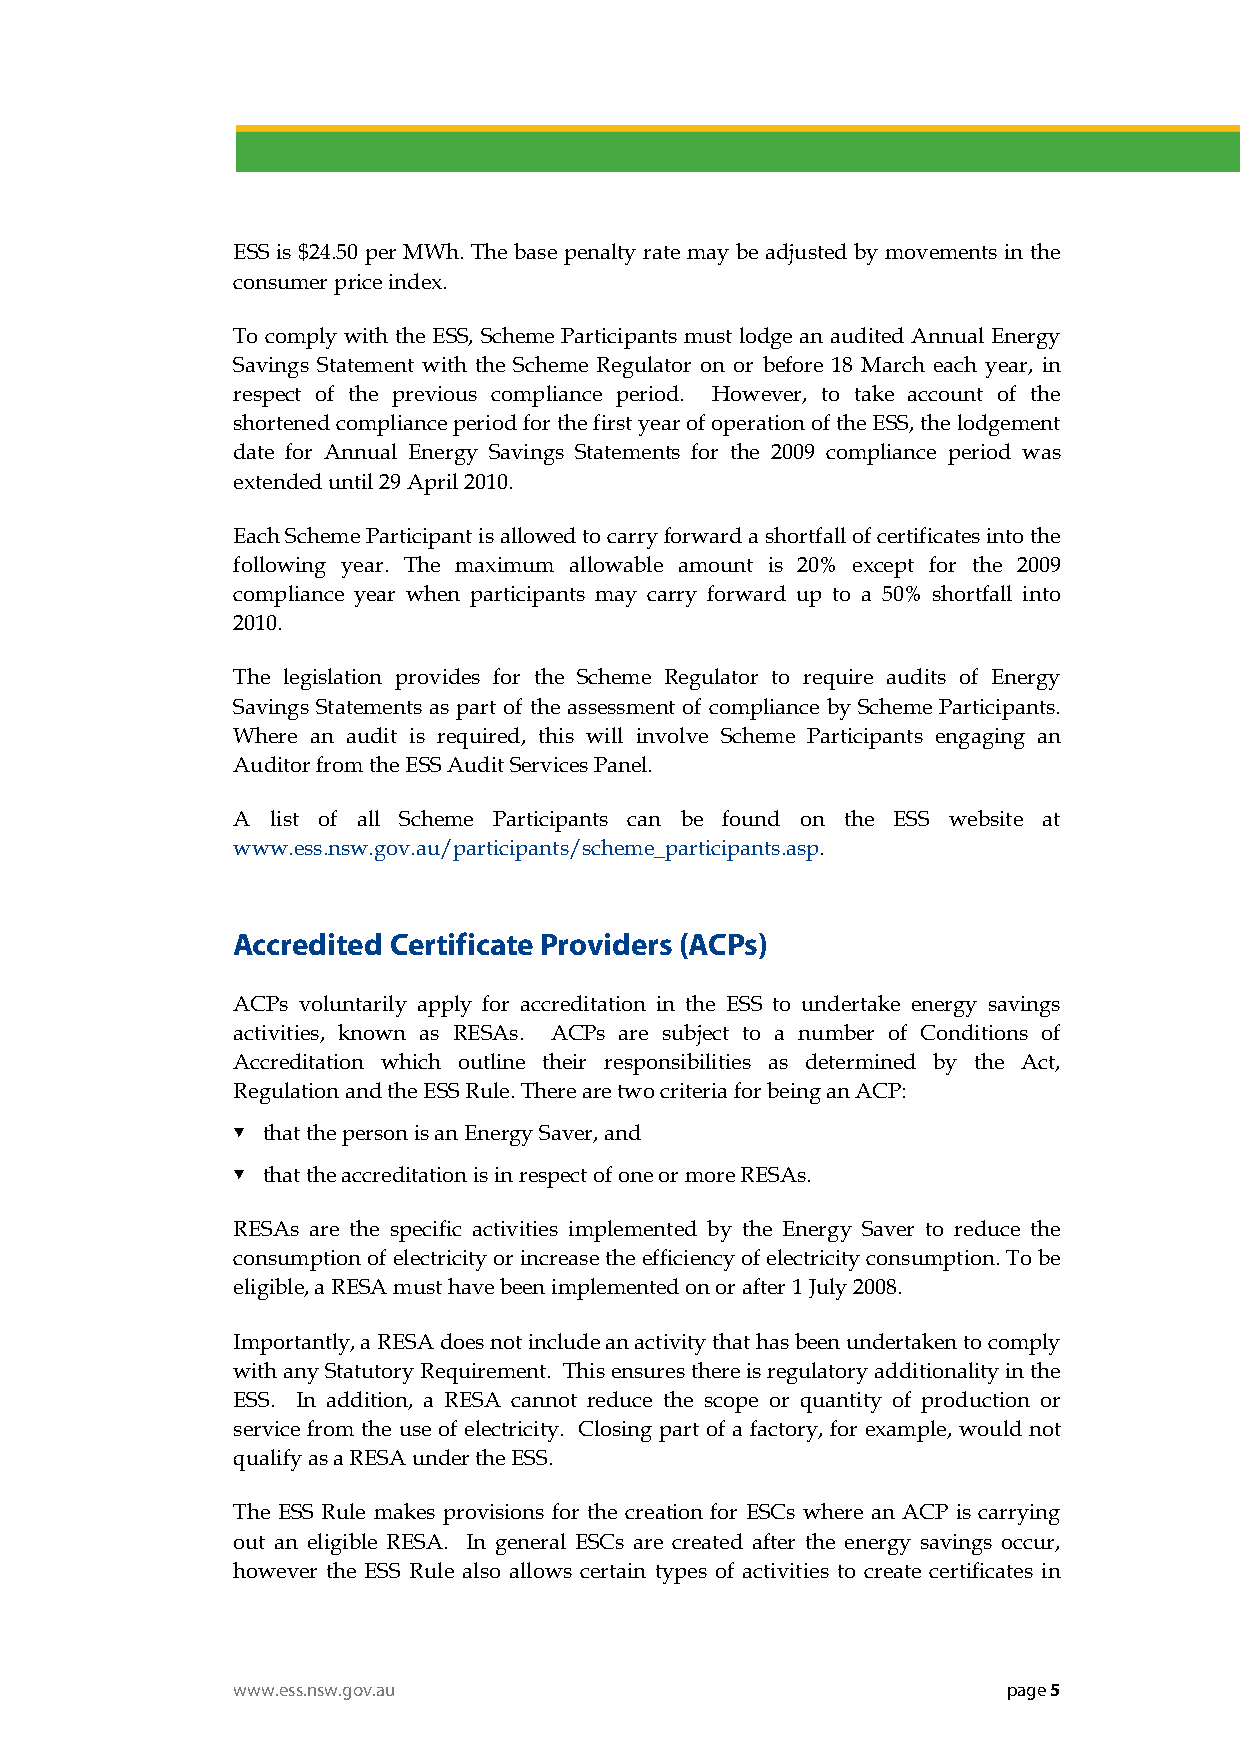
ESS is $24.50 per MWh. The base penalty rate may be adjusted by movements in the
 consumer price index.
 To comply with the ESS, Scheme Participants must lodge an audited Annual Energy
 Savings Statement with the Scheme Regulator on or before 18 March each year, in
 respect of the previous compliance period. However, to take account of the
 shortened compliance period for the first year of operation of the ESS, the lodgement
 date for Annual Energy Savings Statements for the 2009 compliance period was
 extended until 29 April 2010.
 Each Scheme Participant is allowed to carry forward a shortfall of certificates into the
 following year. The maximum allowable amount is 20% except for the 2009
 compliance year when participants may carry forward up to a 50% shortfall into
 2010.
 The legislation provides for the Scheme Regulator to require audits of Energy
 Savings Statements as part of the assessment of compliance by Scheme Participants.
 Where an audit is required, this will involve Scheme Participants engaging an
 Auditor from the ESS Audit Services Panel.
 A  list of all Scheme Participants can be found on the ESS website at
 www.ess.nsw.gov.au/participants/scheme_participants.asp.
 Accredited Certificate Providers (ACPs)
 ACPs voluntarily apply for accreditation in the ESS to undertake energy savings
 activities, known as RESAs. ACPs are subject to a number of Conditions of
 Accreditation which outline their responsibilities as determined by the Act,
 Regulation and the ESS Rule. There are two criteria for being an ACP:
  that the person is an Energy Saver, and
  that the accreditation is in respect of one or more RESAs.
 RESAs are the specific activities implemented by the Energy Saver to reduce the
 consumption of electricity or increase the efficiency of electricity consumption. To be
 eligible, a RESA must have been implemented on or after 1 July 2008.
 Importantly, a RESA does not include an activity that has been undertaken to comply
 with any Statutory Requirement. This ensures there is regulatory additionality in the
 ESS. In addition, a RESA cannot reduce the scope or quantity of production or
 service from the use of electricity. Closing part of a factory, for example, would not
 qualify as a RESA under the ESS.
 The ESS Rule makes provisions for the creation for ESCs where an ACP is carrying
 out an eligible RESA. In general ESCs are created after the energy savings occur,
 however the ESS Rule also allows certain types of activities to create certificates in
 www.ess.nsw.gov.au                                  page 5